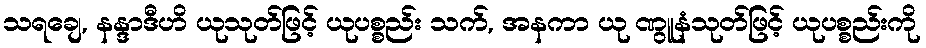
သရချေ, နန္ဒာဒီဟိ ယုသုတ်ဖြင့် ယုပစ္စည်း သက်, အနကာ ယု ဏွူနံသုတ်ဖြင့် ယုပစ္စည်းကို